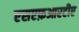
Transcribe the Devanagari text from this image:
एसएफ़आरटीए